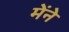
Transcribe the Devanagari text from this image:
मेंने